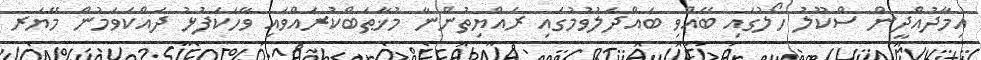
އިމާދުއްދީން ސްކޫލު ހޯލުގައި ބޭއްވި ބައްދަލުވުމުގައި ރައްޔިތުންނާ މުޚާޠަބްކުރައްވައި ވާހަކަފުޅު ދައްކަވަމުން މޭޔަރ